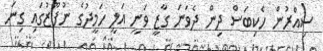
ސިއްރުން ހެކިބަސް ދިން ދެވަނަ ގާޒީ ވަނީ އަލީ ހަމީދުގެ ނުފޫޒުގައި ގިނަ